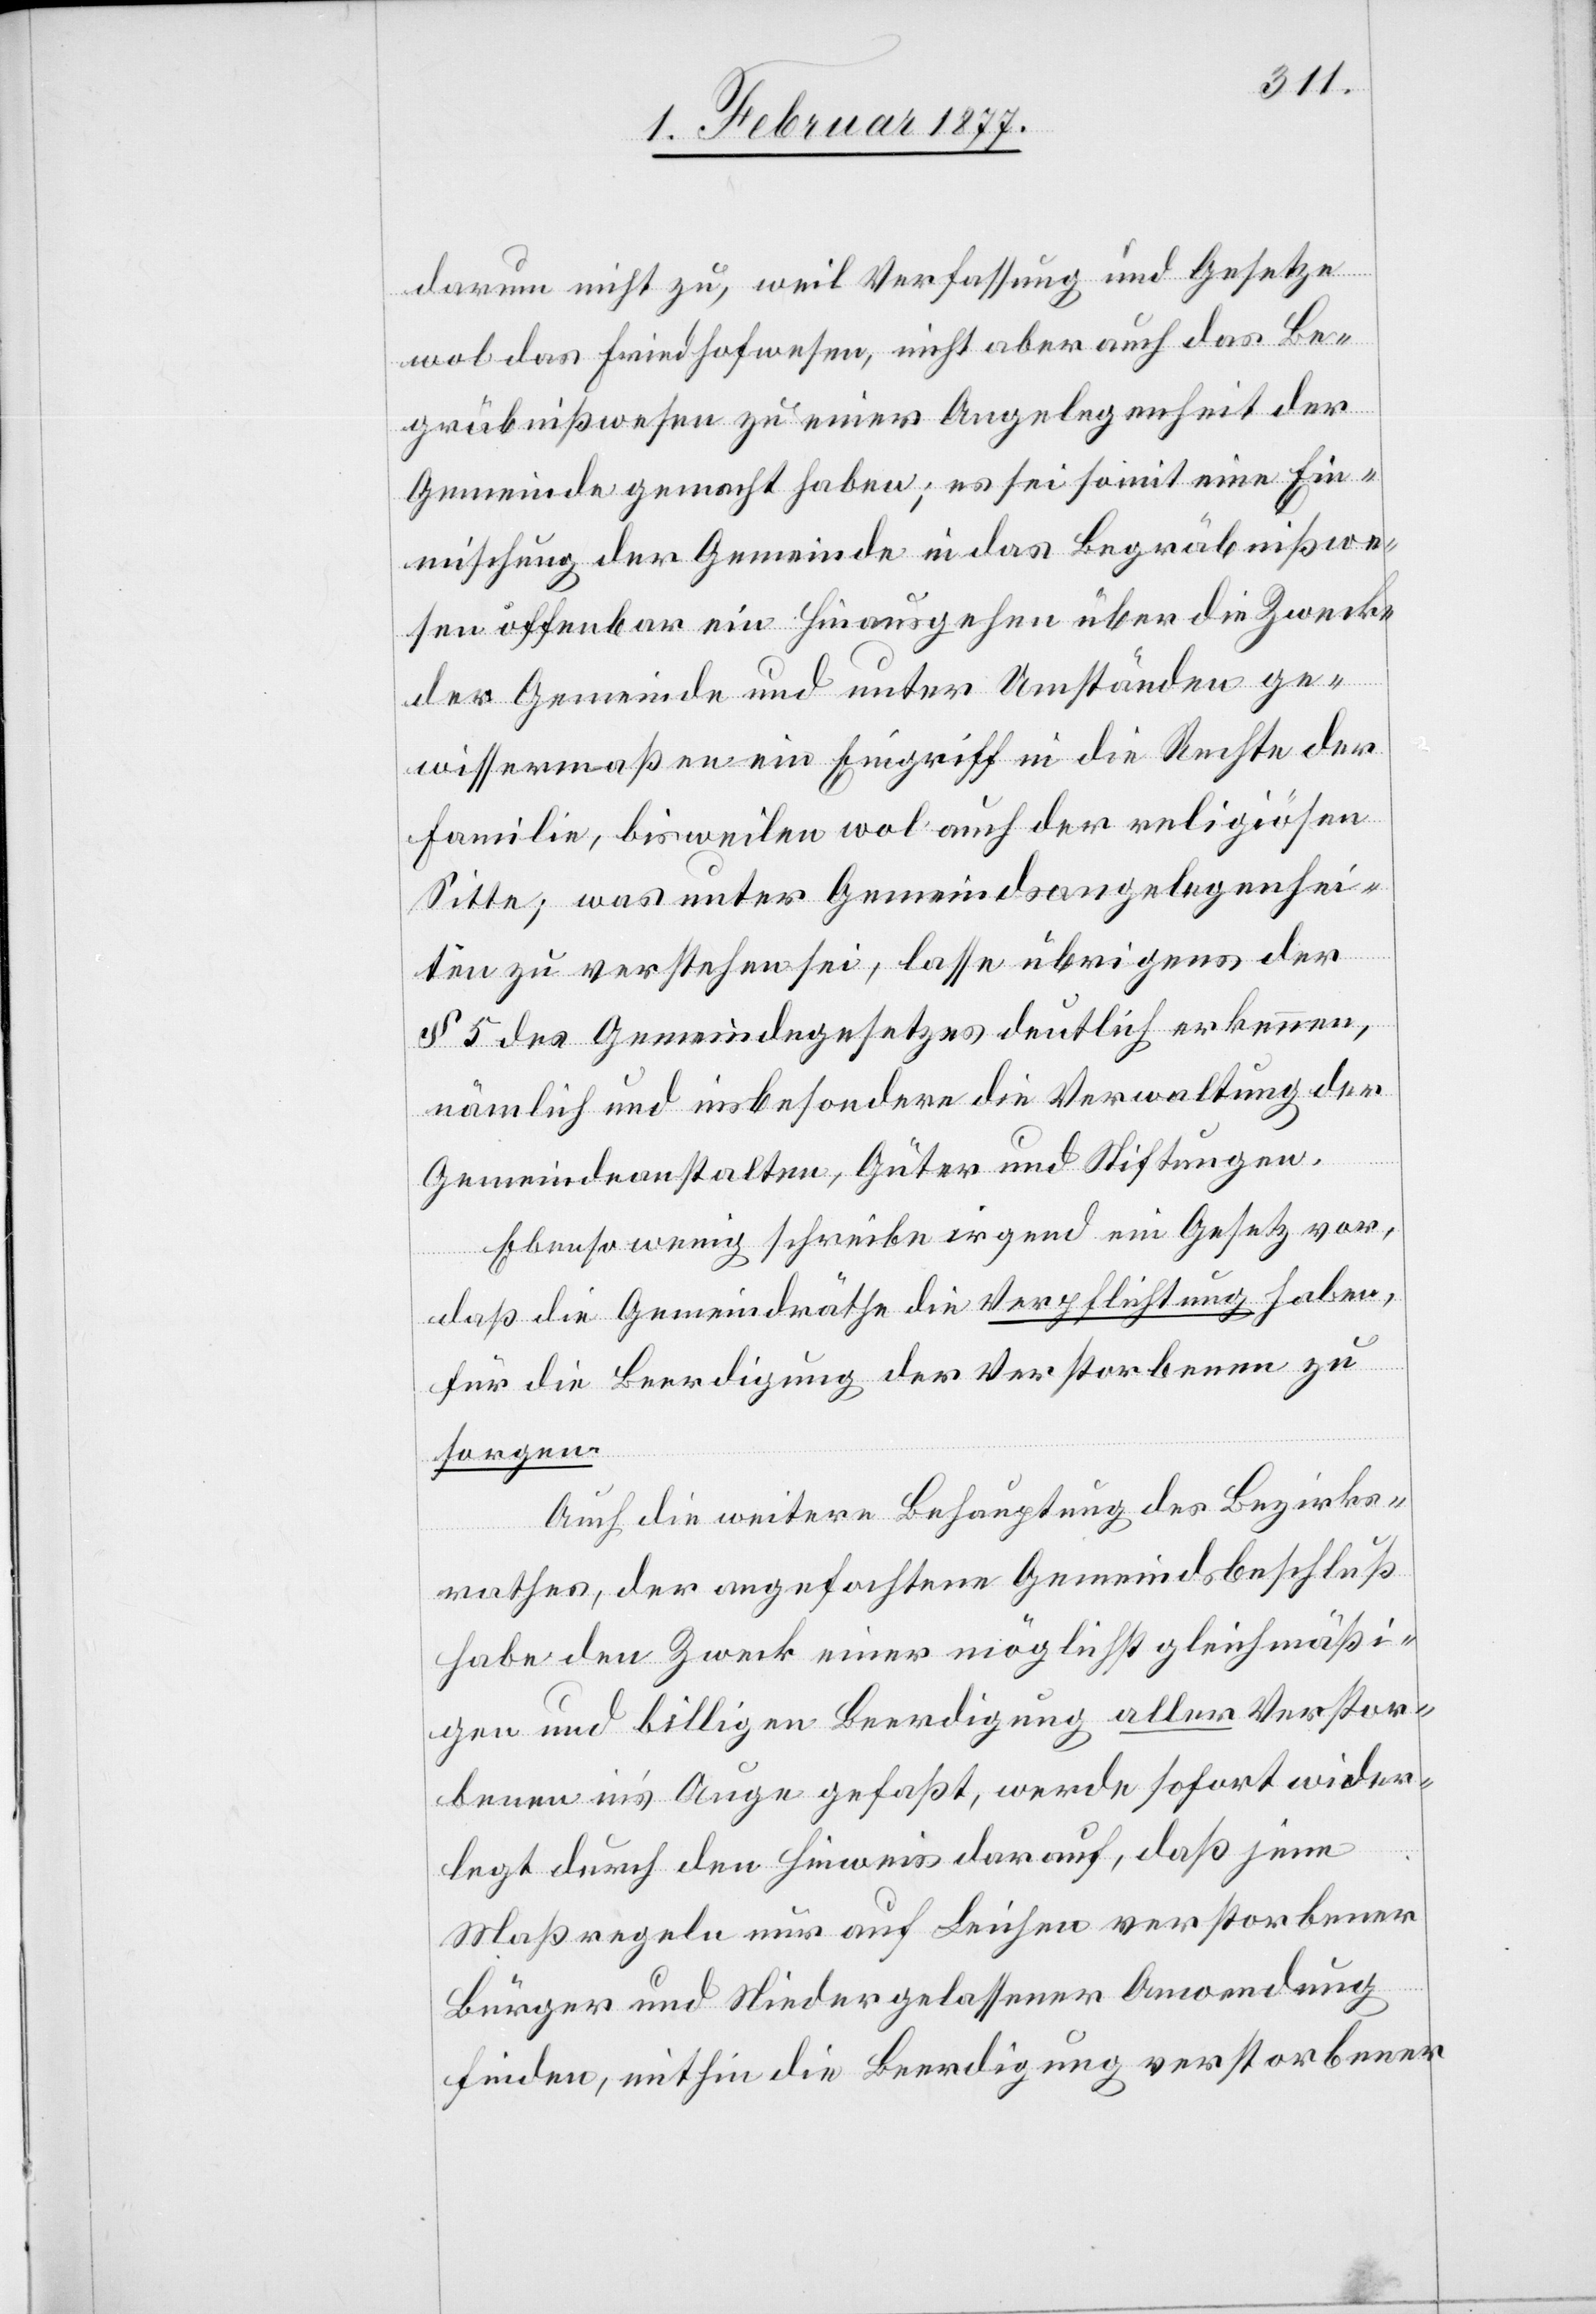
darum nicht zu, weil Verfassung und Gesetze
wol das Friedhofwesen, nicht aber auch das Be¬
gräbnißwesen zu einer Angelegenheit der
Gemeinde gemacht habe; es sei somit eine Ein¬
mischung der Gemeinde in das Begräbnißwe¬
sen offenbar ein Hinausgehen über die Zwecke
der Gemeinde und unter Umständen ge¬
wissermaßen ein Eingriff in die Rechte der
Familie, bisweilen wol auch der religiösen
Sitte; was unter Gemeindsangelegenhei¬
ten zu verstehen sei, lasse übrigens der
§ 5 des Gemeindegesetzes deutlich erkennen,
nämlich und insbesondere die Verwaltung der
Gemeindeanstalten, Güter und Stiftungen.
Ebenso wenig schreibe irgend ein Gesetz vor,
daß die Gemeindräthe die Verpflichtung haben,
für die Beerdigung der Verstorbenen zu
sorgen.
Auch die weitere Behauptung des Bezirks¬
rathes, der angefochtene Gemeindsbeschluß
habe den Zweck einer möglichst gleichmäßi¬
gen und billigen Beerdigung aller Verstor¬
benen in’s Auge gefaßt, werde sofort wider¬
legt durch den Hinweis darauf, daß jene
Maßregeln nur auf Leichen verstorbener
Bürger und Niedergelassener Anwendung
finden, mithin die Beerdigung verstorbener